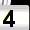
Digit: 4